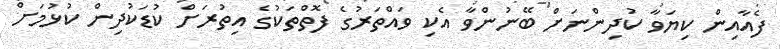
ފެއާއިން ކިޔަވާ ކުދިންނަށް ބޭނުންވާ އެކި ވައްތަރުގެ ފޮތްތަކުގެ އިތުރަށް ކުޑަކުދިން ކުޅުމަށް